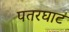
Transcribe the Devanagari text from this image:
पतरघाट